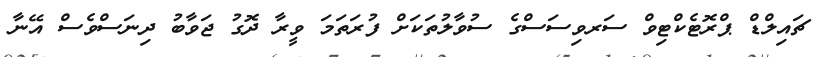
ޗައިލްޑް ޕްރޮޓެކްޓިވް ސަރވިސަސްގެ ސުވާލުތަކަށް ފުރަތަމަ ވީރާ ދޮގު ޖަވާބު ދިނަސްވެސް އޭނާ